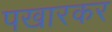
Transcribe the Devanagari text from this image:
पखारकर